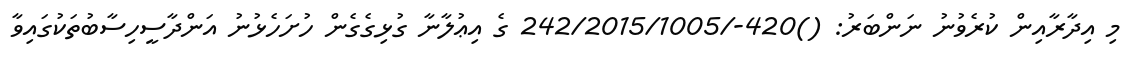
މި އިދާރާއިން ކުރެވުނު ނަންބަރު: ()420-/242/2015/1005 ގެ އިޢުލާނާ ގުޅިގެގެން ހުށަހެޅުނު އަންދާސީހިސާބުތަކުގައިވާ